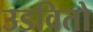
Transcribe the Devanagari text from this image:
उडवितो